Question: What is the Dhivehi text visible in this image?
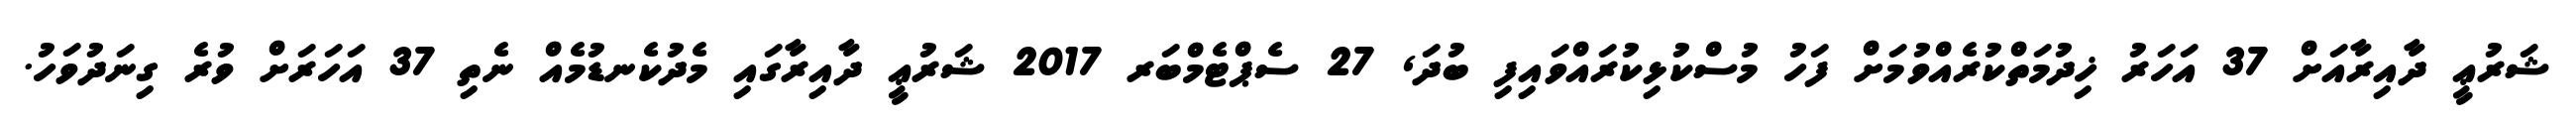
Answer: ޝަރުޢީ ދާއިރާއަށް 37 އަހަރު ޚިދުމަތްކުރެއްވުމަށް ފަހު މުސްކުޅިކުރައްވައިފި ބުދަ, 27 ސެޕްޓެމްބަރ 2017 ޝަރުޢީ ދާއިރާގައި މެދުކެނޑުމެއް ނެތި 37 އަހަރަށް ވުރެ ގިނަދުވަހު.